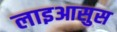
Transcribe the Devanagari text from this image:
लाइआसुस